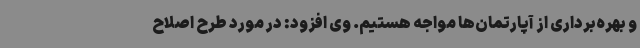
و بهره‌برداری از آپارتمان‌ها مواجه هستیم. وی افزود: در مورد طرح اصلاح